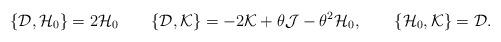
LaTeX: \begin{align*}\{{\cal D},{\cal H}_{0}\}=2{\cal H}_{0}\qquad\{{\cal D},{\cal K}\}=-2{\cal K}+\theta{\cal J}-\theta^2{\cal H}_{0},\qquad\{{\cal H}_{0},{\cal K}\}={\cal D}.\end{align*}